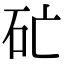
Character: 𥐞